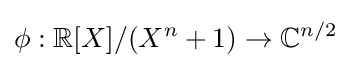
\phi :\mathbb {R} [X]/(X^{n}+1)\rightarrow \mathbb {C} ^{n/2}